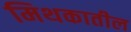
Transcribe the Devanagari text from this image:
मिथकातील